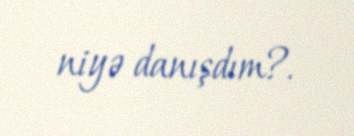
niyə danışdım?.